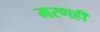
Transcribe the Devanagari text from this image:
मरणही